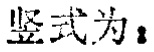
竖式为：